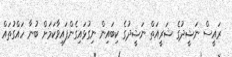
ރައީސް ނަޝީދުގެ ޝަރީއަތް ނަޝީދުގެ ކިބައިން ނިގުޅައިގެންފައިވާކަމަށް ބުނާ ހައްގުތައް